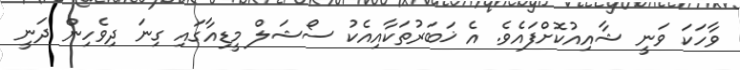
ވާހަކަ ވަނީ ޝާއިއުކޮށްފައެވެ. އެ ޚަބަރުތަކާއިއެކު ސޯޝަލް މީޑިއާގައި ގިނަ ދިވެހިން ދަނީ